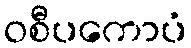
ဝစီပကောပံ